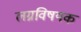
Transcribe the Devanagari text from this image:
लग्नविषयक